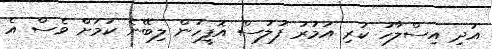
އަދި އިސްލާހު ކުރި އަމުރު ފުލުސް އޮފީހުން ލިބޭނެ ކަމަށް ވެސް އެ